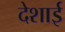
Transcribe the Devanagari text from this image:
देशाई